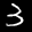
Label: 3